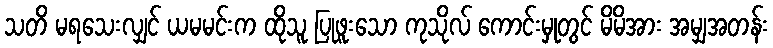
သတိ မရသေးလျှင် ယမမင်းက ထိုသူ ပြုဖူးသော ကုသိုလ် ကောင်းမှုတွင် မိမိအား အမျှအတန်း